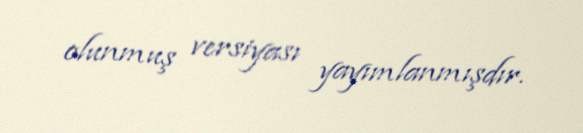
olunmuş versiyası yayımlanmışdır.